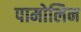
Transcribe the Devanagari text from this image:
पामोलिन